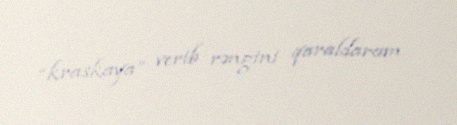
“kraskaya” verib rəngini qaraldaram.